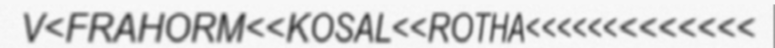
V<FRAHORM<<KOSAL<<ROTHA<<<<<<<<<<<<<